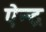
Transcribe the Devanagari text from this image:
ऐन्‍द्र